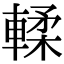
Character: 輮